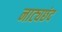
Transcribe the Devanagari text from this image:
नाट्यछंद